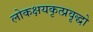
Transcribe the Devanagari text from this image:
लोकक्षयकृत्प्रवृद्धो